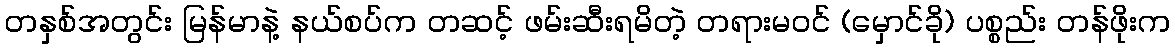
တနှစ်အတွင်း မြန်မာနဲ့ နယ်စပ်က တဆင့် ဖမ်းဆီးရမိတဲ့ တရားမဝင် (မှောင်ခို) ပစ္စည်း တန်ဖိုးက